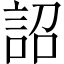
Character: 詔